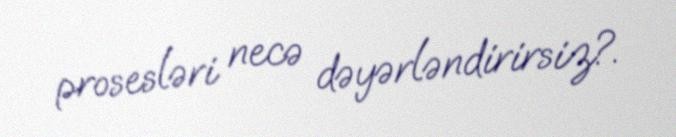
prosesləri necə dəyərləndirirsiz?.